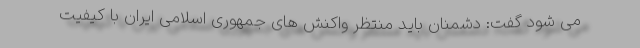
می شود گفت: دشمنان باید منتظر واکنش های جمهوری اسلامی ایران با کیفیت